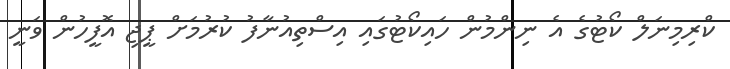
ކްރިމިނަލް ކޯޓުގެ އެ ނިންމުން ހައިކޯޓުގައި އިސްތިއުނާފު ކުރުމަށް ޕީޖި އޮފީހުން ވަނީ